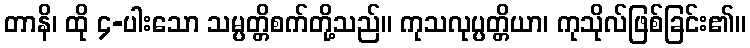
တာနိ၊ ထို ၄-ပါးသော သမ္ပတ္တိစက်တို့သည်။ ကုသလုပ္ပတ္တိယာ၊ ကုသိုလ်ဖြစ်ခြင်း၏။